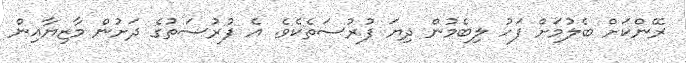
ރޭންކަށް ބެލުމަށް ފަހު ލިބެމުން ދިޔަ ފުރުސަތެކެވެ. އެ ފުރުސަތުގެ ދަށުން މާޒިޔާއިން